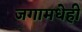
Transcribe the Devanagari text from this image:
जगामधेही